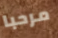
مرحبا